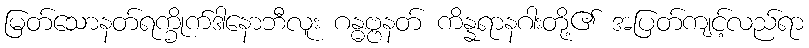
မြတ်သောနတ်ရက္ခိုက်ဒါနောဘီလူး ဂန္ဓဗ္ဗနတ် ကိန္နရာနဂါးတို့၏ အပြတ်ကျင့်လည်ရာ